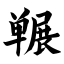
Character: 冁